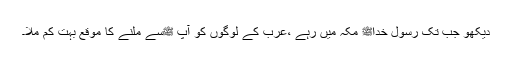
دیکھو جب تک رسول خداﷺ مکہ میں رہے ،عرب کے لوگوں کو آپ ﷺسے ملنے کا موقع بہت کم ملا۔